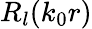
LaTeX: R_{l}(k_{0}r)